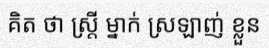
គិត ថា ស្ត្រី ម្នាក់ ស្រឡាញ់ ខ្លួន